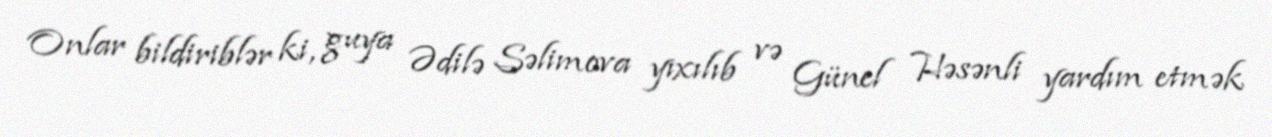
Onlar bildiriblər ki, guya Ədilə Səlimova yıxılıb və Günel Həsənli yardım etmək